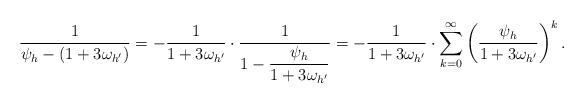
LaTeX: \begin{align*} \frac{1}{\psi_h-(1+3\omega_{h'})} = -\frac{1}{1+3\omega_{h'}} \cdot \frac{1}{1-\dfrac{\psi_h}{1+3\omega_{h'}}} = -\frac{1}{1+3\omega_{h'}} \cdot \sum_{k=0}^\infty \left(\frac{\psi_h}{1+3\omega_{h'}} \right)^k.\end{align*}